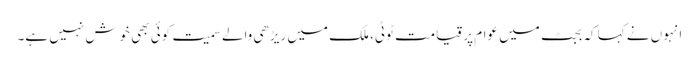
انہوں نے کہا کہ بجٹ میں عوام پر قیامت ٹوٹی، ملک میں ریڑھی والے سمیت کوئی بھی خوش نہیں ہے۔